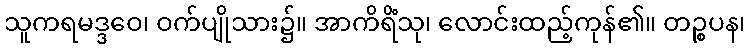
သူကရမဒ္ဒဝေ၊ ဝက်ပျိုသား၌။ အာကိရိံသု၊ လောင်းထည့်ကုန်၏။ တဉ္စပန၊